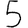
Digit: 5